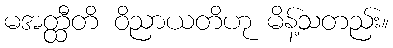
မအတ္ထီတိ ဝိညာယတိဟု မိန့်သတည်း။